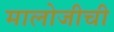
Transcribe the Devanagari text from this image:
मालोजीची